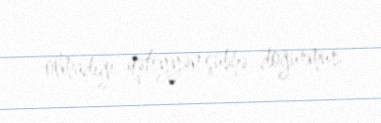
olmadığı qətiyyən şübhə doğurmur.